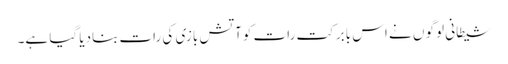
شیطانی لوگو ں نے اس بابرکت رات کوآتش بازی کی رات بنادیا گیا ہے۔